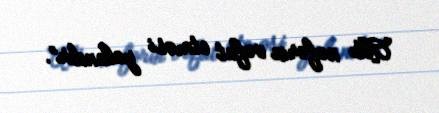
Altı nəfərin vəfat etməsi yalandır”.